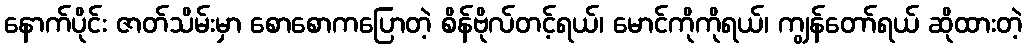
နောက်ပိုင်း ဇာတ်သိမ်းမှာ စောစောကပြောတဲ့ စိန်ဗိုလ်တင့်ရယ်၊ မောင်ကိုကိုရယ်၊ ကျွန်တော်ရယ် ဆိုထားတဲ့